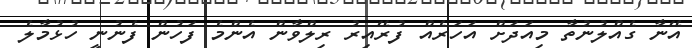
އޭނާ ގެއްލުނުތާ މިއަދަށް އަހަރެއް ފުރޭއިރު ރިލްވާން އެންމެ ފަހުން ފެނުނީ ހުޅުމާލެ